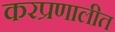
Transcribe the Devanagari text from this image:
करप्रणालीत